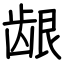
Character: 龈